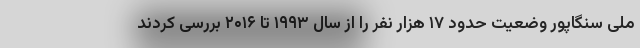
ملی سنگاپور وضعیت حدود ۱۷ هزار نفر را از سال ۱۹۹۳ تا ۲۰۱۶ بررسی کردند